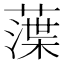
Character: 𦻜